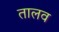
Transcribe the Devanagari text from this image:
तालव